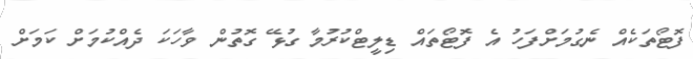
ފޮޓޯތަކެއް ނެގުމަށްފަހު އެ ފޮޓޯތައް ޑިލީޓްކުރުމާ ގުޅޭ ގޮތުން ވާހަކަ ދެއްކުމަށް ކަމަށް